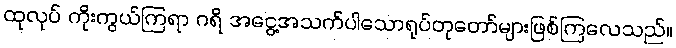
ထုလုပ် ကိုးကွယ်ကြရာ ဂရိ အငွေ့အသက်ပါသောရုပ်တုတော်များဖြစ်ကြလေသည်။